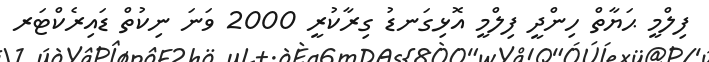
ފިލްމީ ޙަޔާތް ހިންދީ ފިލްމީ އޮޅިގަނޑު ގިރާކުރީ 2000 ވަނަ ނިކުތް ޑައިރެކްޓަރ